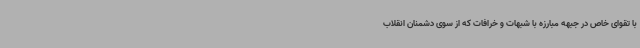
با تقوای خاص در جبهه مبارزه با شبهات و خرافات که از سوی دشمنان انقلاب